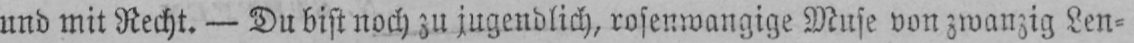
und mit Recht. - Du bist noch zu jugendlich, rosenwangige Muse von zwanzig Len⸗